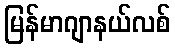
မြန်မာဂျာနယ်လစ်